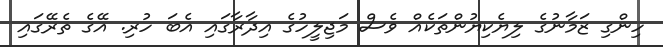
ހިންގި ޒަމާނުގެ ލިޔެކިޔުންތަކެއް ވެސް މަޖިލީހުގެ އިދާރާގައި އެބަ ހުރި. އޭގެ ތެރޭގައި